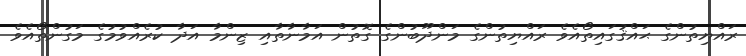
ރައްޔިތުންގެ ޙައްޤުގައިތޯއެވެ ރައްޔިތުންގެ މަންދޫބުންގެ ގޮތުން އަމާނާތާއި ޒިންމާ އަދާ ކުރެއްވުމުގެ މަގުންތޯއެވެ